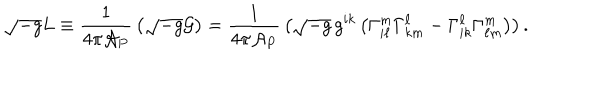
\sqrt { - g } L \equiv { \frac { 1 } { 4 \pi { \cal A } _ { P } } } \left( \sqrt { - g } { \cal G } \right) = { \frac { 1 } { 4 \pi { \cal A } _ { P } } } \left( \sqrt { - g } \, g ^ { i k } \left( \Gamma _ { i \ell } ^ { m } \Gamma _ { k m } ^ { \ell } - \Gamma _ { i k } ^ { \ell } \Gamma _ { \ell m } ^ { m } \right) \right) .